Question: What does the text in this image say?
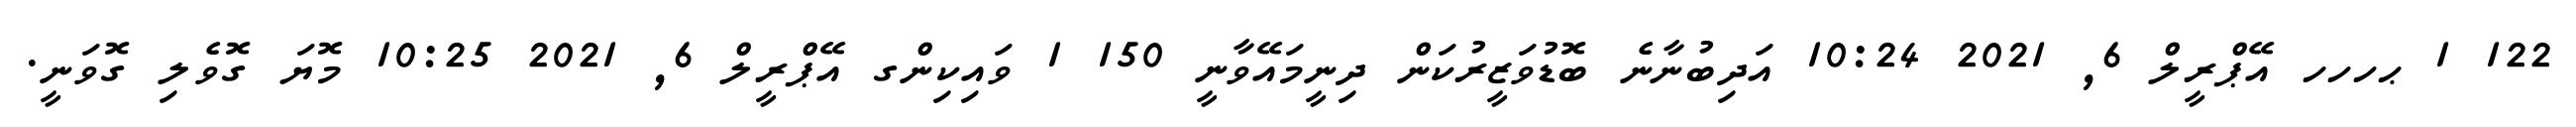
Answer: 122 1 ޙހހހ އޭޕްރީލް 6, 2021 10:24 އަދިބުނާނެ ބޮޑުވަޒީރުކަން ދިނީމައޭވާނީ 150 1 ވައިކިންގ އޭޕްރީލް 6, 2021 10:25 މޮޔަ ގޮވެލި ގޮވަނީ.